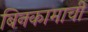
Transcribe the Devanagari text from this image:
बिनकामाची